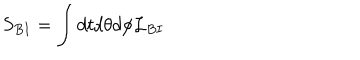
LaTeX: S _ { B I } = \int d t d \theta d \phi { \cal L } _ { B I }